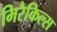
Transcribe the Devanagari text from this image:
मिरैकिल्स